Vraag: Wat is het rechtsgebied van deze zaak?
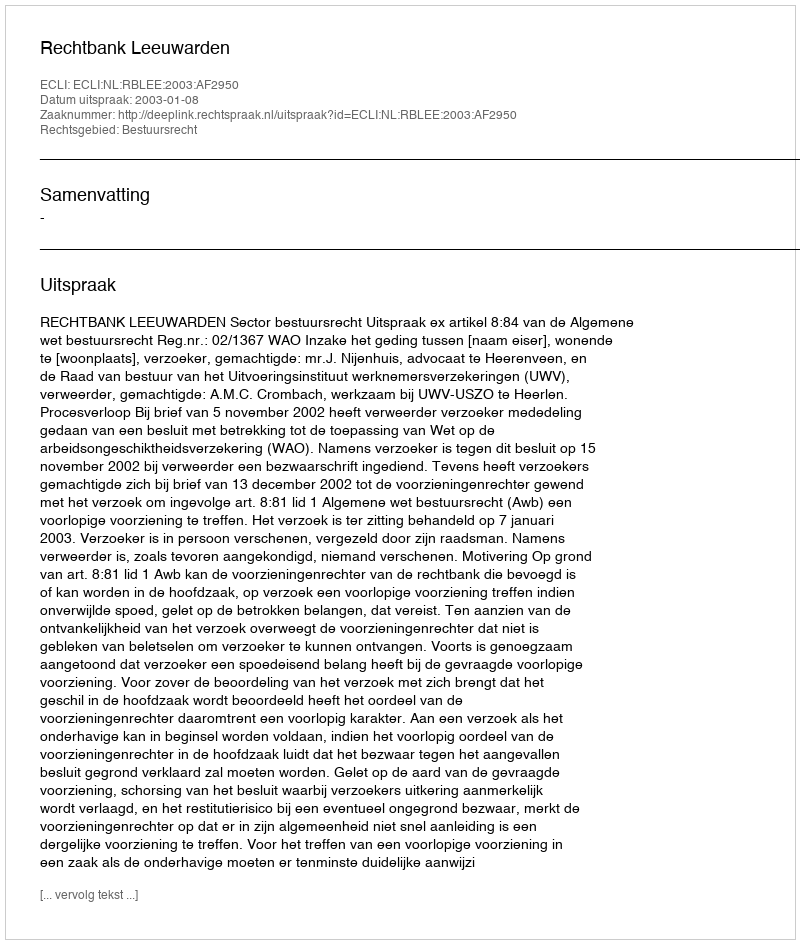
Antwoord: Bestuursrecht